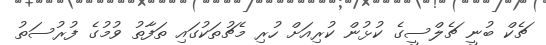
ޗެކް ބުނީ ޗެލްސީގެ ކުޅުން ކުރިއަށް ހުރި މެޗުތަކުގައި ތަފާތު ވުމުގެ ފުރުސަތު